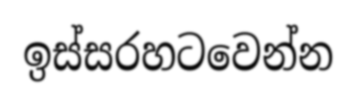
ඉස්සරහටවෙන්න